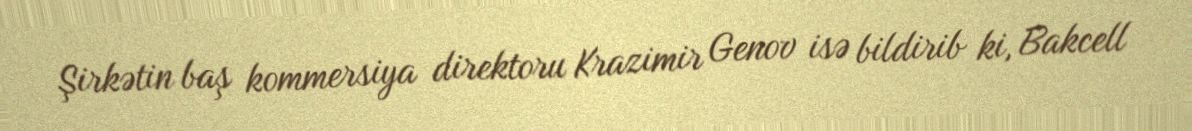
Şirkətin baş kommersiya direktoru Krazimir Genov isə bildirib ki, Bakcell